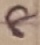
Text: 8